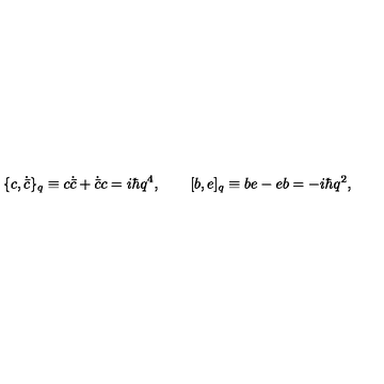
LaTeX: \{ c , \dot { \bar { c } } \} _ { q } \equiv c \dot { \bar { c } } + \dot { \bar { c } } c = i \hbar q ^ { 4 } , \qquad [ b , e ] _ { q } \equiv b e - e b = - i \hbar q ^ { 2 } ,